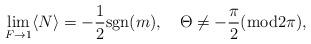
LaTeX: \begin{align*}\lim_{F\to1}\langle N\rangle=-{1\over2}{\rm sgn}(m), \quad\Theta \neq -\frac{\pi}{2} ({\rm mod} 2\pi),\end{align*}